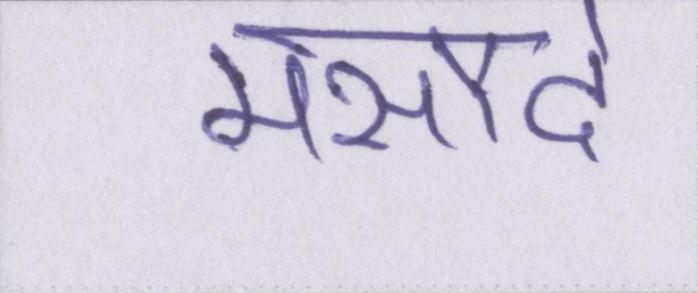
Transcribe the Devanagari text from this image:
मसौदे